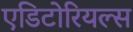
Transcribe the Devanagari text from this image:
एडिटोरियल्स